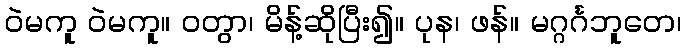
ဝဲမကူ ဝဲမကူ။ ဝတွာ၊ မိန့်ဆိုပြီး၍။ ပုန၊ ဖန်။ မဂ္ဂင်္ဂဘူတေ၊